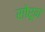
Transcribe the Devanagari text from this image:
सोरून